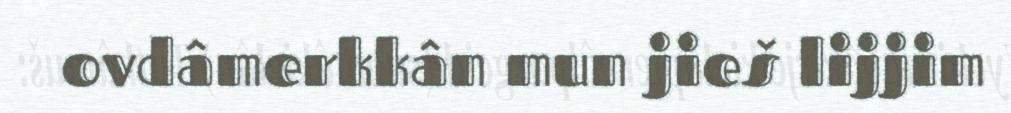
ovdâmerkkân mun jieš lijjim